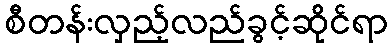
စီတန်းလှည့်လည်ခွင့်ဆိုင်ရာ